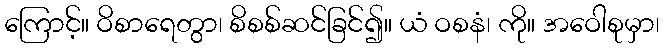
ကြောင့်။ ဝိစာရေတွာ၊ စိစစ်ဆင်ခြင်၍။ ယံ ဝစနံ၊ ကို။ အဝေါစုမှာ၊